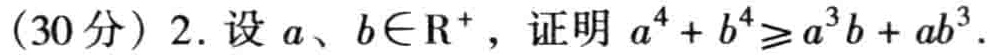
(30分) 2. 设 \(a、b\in\mathrm{R}^{+}\)，证明 \(a^{4}+b^{4}\geqslant a^{3}b + ab^{3}\).